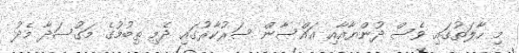
މި ހާލަތުގައި ވެސް ދުންޔާއާއި ޣައްސާން ސަރުކާރުގައި ދެމި ތިބުމުގެ މަގުސަދާ މެދު